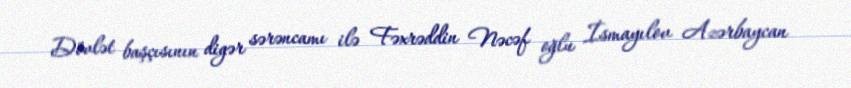
Dövlət başçısının digər sərəncamı ilə Fəxrəddin Nəcəf oğlu İsmayılov Azərbaycan